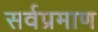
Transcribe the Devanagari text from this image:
सर्वप्रमाण